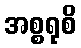
အစ္စရုစိ